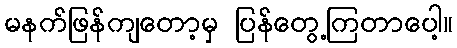
မနက်ဖြန်ကျတော့မှ ပြန်တွေ့ကြတာပေါ့။